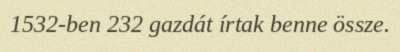
1532-ben 232 gazdát írtak benne össze.